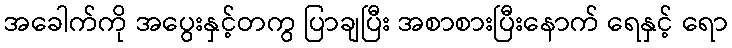
အခေါက်ကို အပွေးနှင့်တကွ ပြာချပြီး အစာစားပြီးနောက် ရေနှင့် ရော